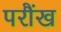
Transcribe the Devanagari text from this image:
परौंख